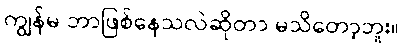
ကျွန်မ ဘာဖြစ်နေသလဲဆိုတာ မသိတော့ဘူး။